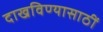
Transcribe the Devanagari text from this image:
दाखविण्यासाठीं